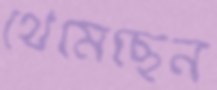
থেমেছেন